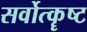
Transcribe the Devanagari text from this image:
सर्वोत्कॄष्ट